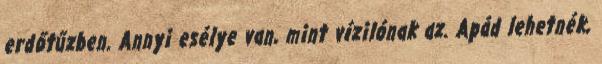
erdőtűzben. Annyi esélye van, mint vízilónak az. Apád lehetnék,